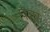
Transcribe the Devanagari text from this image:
पेद्दा